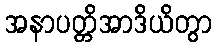
အနာပတ္တိအာဒိယိတွာ